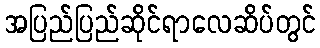
အပြည်ပြည်ဆိုင်ရာလေဆိပ်တွင်